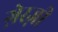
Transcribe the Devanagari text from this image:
ग़ेरज़ी